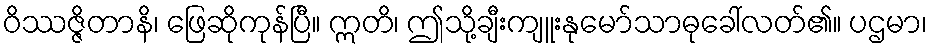
ဝိဿဇ္ဇိတာနိ၊ ဖြေဆိုကုန်ပြီ။ ဣတိ၊ ဤသို့ချီးကျူးနုမော်သာဓုခေါ်လတ်၏။ ပဌမာ၊